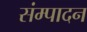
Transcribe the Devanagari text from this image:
संम्पादन